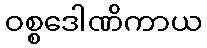
ဝစ္စဒေါဏိကာယ